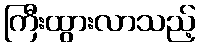
ကြီးထွားလာသည့်